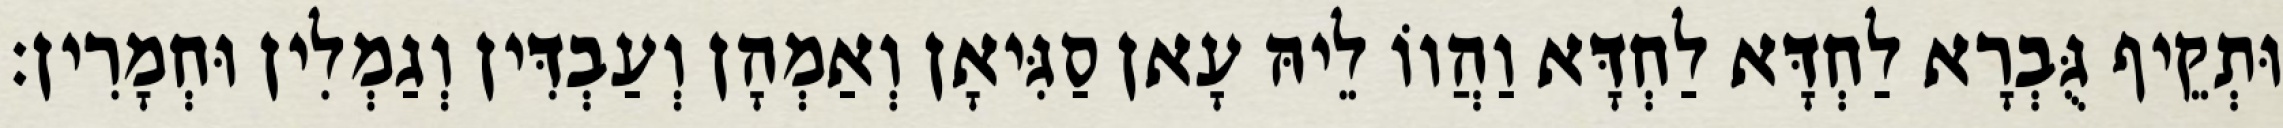
וּתְקֵיף גֻּבְרָא לַחְדָּא לַחְדָּא וַהֲווֹ לֵיהּ עָאן סַגִּיאָן וְאַמְהָן וְעַבְדִּין וְגַמְלִין וּחְמָרִין׃